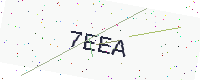
Text: 7EEA